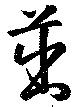
茁